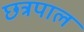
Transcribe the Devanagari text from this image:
छत्रपाल